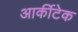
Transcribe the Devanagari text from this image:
आर्कीटेक